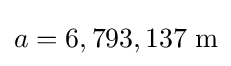
a=6,793,137\;\mathrm {m}